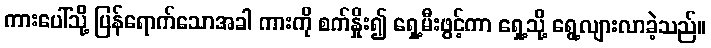
ကားပေါ်သို့ ပြန်ရောက်သောအခါ ကားကို စက်နှိုး၍ ရှေ့မီးဖွင့်ကာ ရှေ့သို့ ရွေ့လျားလာခဲ့သည်။